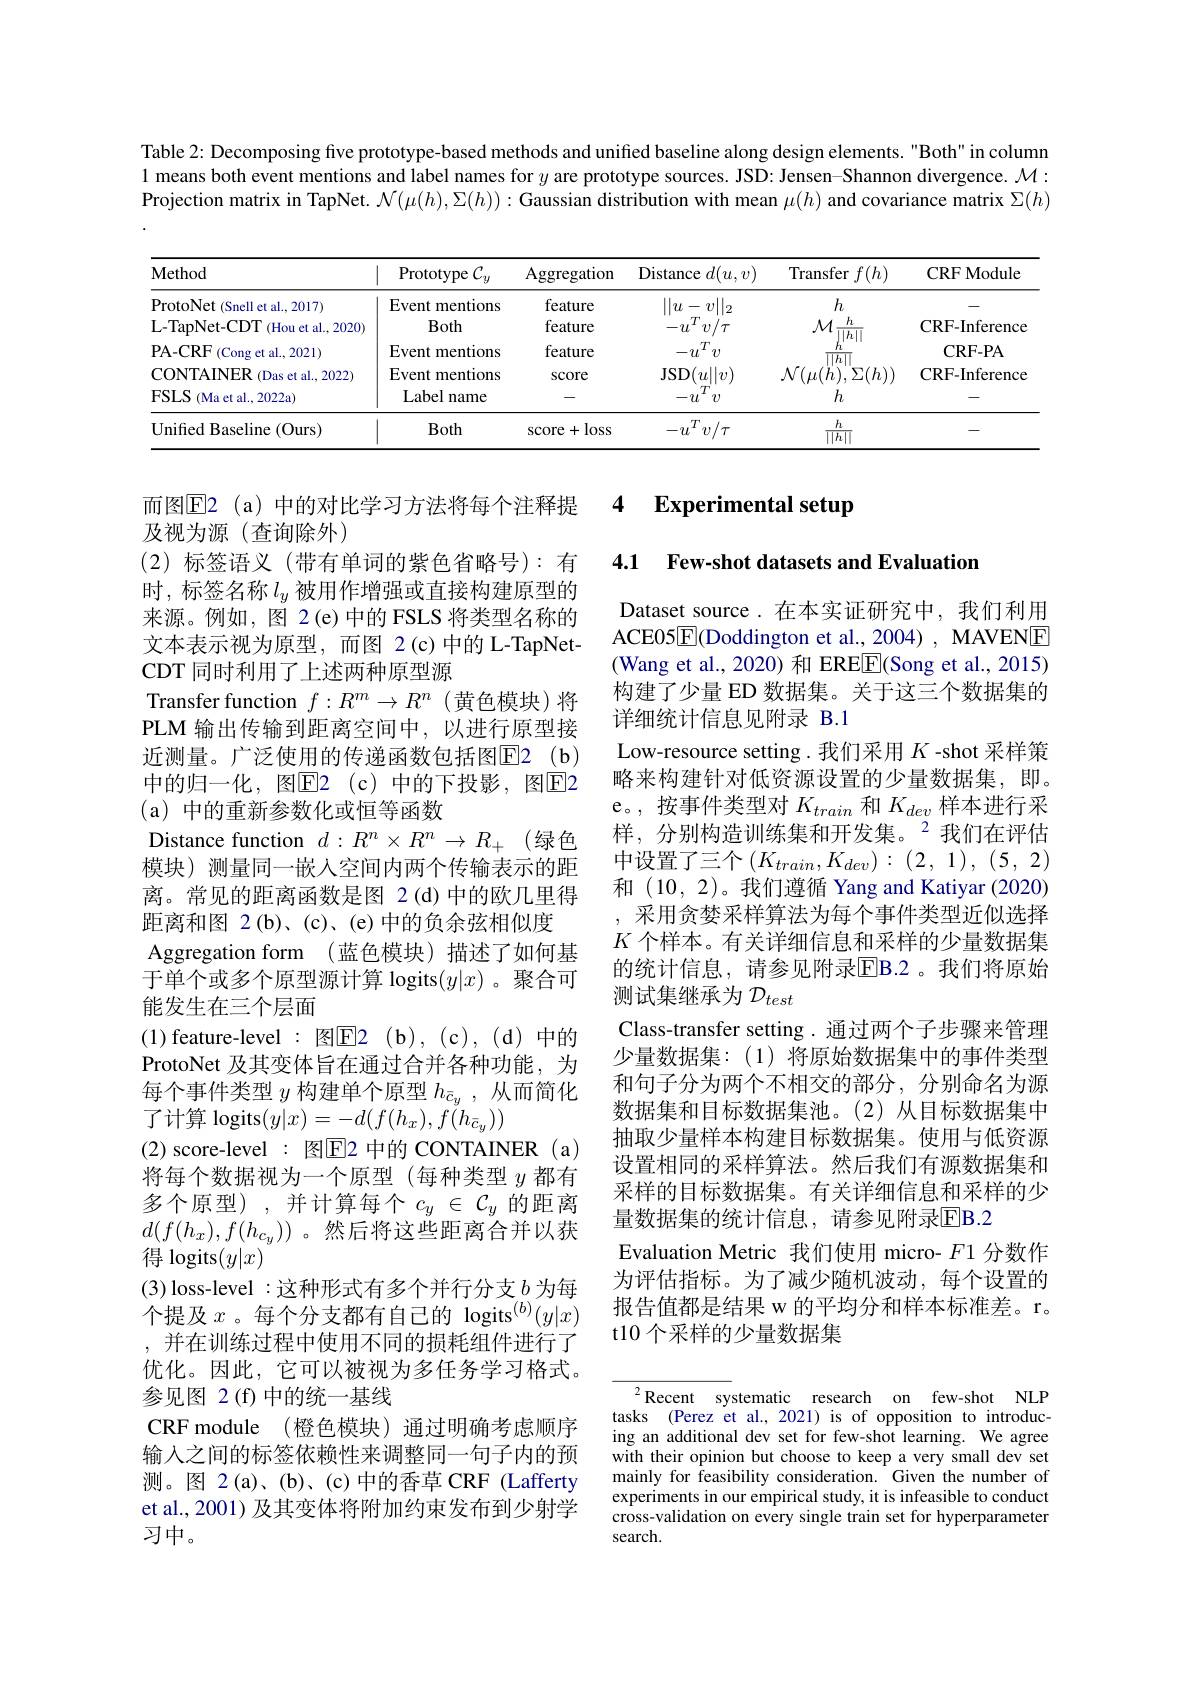
Table 2: Decomposing five prototype-based methods and unified baseline along design elements. "Both" in column 1 means both event mentions and label names for $y$ are prototype sources. JSD: Jensen-Shannon divergence. $\mathcal{M}:$ Projection matrix in TapNet. $\mathcal{N}(\mu(h),\Sigma(h)):$ Gaussian distribution with mean $\mu(h)$ and covariance matrix $\Sigma(h)$

<table>
	<tbody>
		<tr>
			<th>$\mathbf{Method}$</th>
			<th>Prototype $C_{y}$</th>
			<th>Aggregation</th>
			<th>Distance $d(u,v)$</th>
			<th>r$f(h)$ Transfer</th>
			<th>CRFModule</th>
		</tr>
		<tr>
			<td>ProtoNet (Snell et al., 2017) L- TapNet- CDT $f$ (Hou et al., 2020)</td>
			<td>Event mentions Both</td>
			<td>feature feature</td>
			<td>$\|u$ $v||_2$ 一 $T$ $-u$ $v/\tau$</td>
			<td>$h$ $\mathcal{M}$ $F.$</td>
			<td>CRF- Inference</td>
		</tr>
		<tr>
			<td>$\mathbf{PA-CRF}$ (Cong et al.,2021)</td>
			<td>Event mentions</td>
			<td>feature</td>
			<td>$T$ $-u$ $v$ -</td>
			<td> </td>
			<td>$\mathbf{CRF-PA}$</td>
		</tr>
		<tr>
			<td>CONTAINER (Das et al., 2022)</td>
			<td>Event mentions</td>
			<td>SCOre</td>
			<td>$\operatorname{JSD}(u||v)$</td>
			<td>$\iota(h),\Sigma(h))$ ${\mathcal{N}}($</td>
			<td>CRF-Inference</td>
		</tr>
		<tr>
			<td>$FSLS$ ${\mathbf{S}}({\mathbf{M}}$a et al.,2022a)</td>
			<td>Label name</td>
			<td> </td>
			<td>$T$ $-u$ $v$</td>
			<td>$h$</td>
			<td> </td>
		</tr>
		<tr>
			<td>Unified Baseline (Ours)</td>
			<td>Both</td>
			<td>$\operatorname{score}+$ $-\log s$</td>
			<td>$-u^Tv/\tau$</td>
			<td>$h$ $||h|$ 1</td>
			<td> </td>
		</tr>
	</tbody>
</table>

### 4 $\textbf{Experimental setup}$

4.1 Few-shot datasets and Evaluation

Dataset source.在本实证研究中，我们利用ACE05$\boxed{\mathrm{F}}($Doddington et al.,2004),MAVENE (Wang et al., 2020) 和 ERE$\boxed{\mathrm{F}}($Song et al., 2015) 构建了少量 ED 数据集。关于这三个数据集的详细统计信息见附录 B.1
Low-resource setting. 我们采用$K$ -shot 采样策略来构建针对低资源设置的少量数据集，即。e。,按事件类型对$K_train$和$K_dev$样本进行采样，分别构造训练集和开发集。$^2$我们在评估中设置了三个$\left(K_{train},K_{dev}\right):\left(2,1\right),\left(5,2\right)$ 和(10,2)。我们遵循 Yang and Katiyar (2020) 采用贪婪采样算法为每个事件类型近似选择$K$个样本。有关详细信息和采样的少量数据集的统计信息，请参见附录$\overline{\mathrm{EB.2}}$。我们将原始测试集继承为$\mathcal{D}_test$
Class-transfer setting. 通过两个子步骤来管理少量数据集：(1)将原始数据集中的事件类型和句子分为两个不相交的部分，分别命名为源数据集和目标数据集池。(2)从目标数据集中抽取少量样本构建目标数据集。使用与低资源设置相同的采样算法。然后我们有源数据集和采样的目标数据集。有关详细信息和采样的少量数据集的统计信息，请参见附录EB.2
Evaluation Metric 我们使用 micro- $F1$分数作为评估指标。为了减少随机波动，每个设置的报告值都是结果 w 的平均分和样本标准差。r。t10 个采样的少量数据集

而图$\overline{\mathrm{E}}$2(a)中的对比学习方法将每个注释提
及视为源(查询除外)
(2)标签语义(带有单词的紫色省略号):有时，标签名称$l_y$被用作增强或直接构建原型的来源。例如，图 2(e)中的 FSLS 将类型名称的文本表示视为原型，而图 2(c)中的 L-TapNetCDT 同时利用了上述两种原型源
Transfer function $f:R^m\to R^n$ (黄色模块)将PLM 输出传输到距离空间中，以进行原型接近测量。广泛使用的传递函数包括图E2(b) 中的归一化，图$\overline{\mathrm{E}}$2(c)中的下投影，图$\overline{\mathrm{E}}$2 (a)中的重新参数化或恒等函数
Distance function $d:R^n\times R^n\to R_+$ (绿色模块)测量同一嵌入空间内两个传输表示的距离。常见的距离函数是图 2(d)中的欧几里得距离和图 2(b)、(c)、(e)中的负余弦相似度
Aggregation form (蓝色模块)描述了如何基于单个或多个原型源计算 logits$(y|x)$ 。聚合可能发生在三个层面
(1) feature-level : 图$\underline{\mathrm{E}}$2 (b), (c), (d)中的ProtoNet 及其变体旨在通过合并各种功能，为每个事件类型$y$构建单个原型$h_{\bar{c}_y}$,从而简化了计算 logits$(y|x)=-d(f(h_{x}),f(h_{\bar{c}_{y}}))$
(2) score-level : 图$\overline{\mathrm{E}}$ 中的 CONTAINER (a) 将每个数据视为一个原型 (每种类型$y$都有多个原型),并计算每个$c_y\in\mathcal{C}_y$的距离$d(f(h_x),f(h_{c_y}))$。然后将这些距离合并以获得 logits$(y|x)$
(3) loss-level :这种形式有多个并行分支$b$ 为每个提及$x$ 。每个分支都有自己的 logits$^(b)(y|x)$ ,并在训练过程中使用不同的损耗组件进行了优化。因此，它可以被视为多任务学习格式。参见图 2(f)中的统一基线
CRF module (橙色模块)通过明确考虑顺序输入之间的标签依赖性来调整同一句子内的预测。图 2(a)、(b)、(c)中的香草 CRF (Lafferty et al., 2001) 及其变体将附加约束发布到少射学习中。

${}^{2}$Recent systematic research on few-shot NLP tasks (Perez et al., 2021) is of opposition to introducing an additional dev set for few-shot learning. We agree with their opinion but choose to keep a very small dev set mainly for feasibility consideration. Given the number of experiments in our empirical study, it is infeasible to conduct cross-validation on every single train set for hyperparameter search.